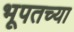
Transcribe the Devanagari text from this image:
भूपतच्या